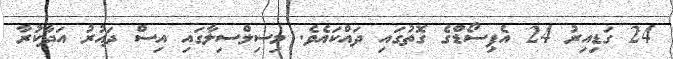
24 ގަޑިއިރު 24 އެޕިސޯޑްގެ ގޮތުގައި ދައްކައެވެ. މިސިލްސިލާގައި އިސް ދައުރު އަދާކުރާ